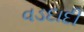
વડદાદી